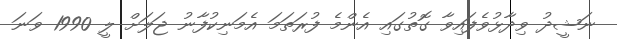
ނަޝީދު ވިދާޅުވެފައިވާ ގޮތުގައި އެންމެ ފުރަތަމަ އެމަނިކުފާނު ޖަލަށް ލީ 1990 ވަނަ